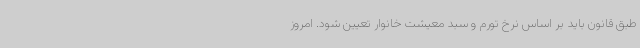
طبق قانون باید بر اساس نرخ تورم و سبد معیشت خانوار تعیین شود. امروز